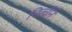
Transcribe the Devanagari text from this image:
नित्चीने